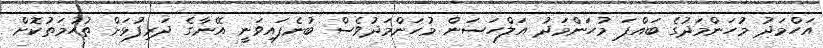
އަހްމަދު މުހަންމަދުގެ ބައްޕަ މުހަންމަދު އަލްހަސަން މުހަންމަދުވެސް ބުނެފައިވަނީ އޭނާގެ ދަރިފުޅަށް ތުހުމަތުކޮށް